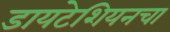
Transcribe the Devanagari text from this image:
डायटेशियनचा